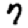
Digit: 7